Civil Veterinary Dept. North-West Frontier Province 1933-46 - 1933-1946
Year: 1933
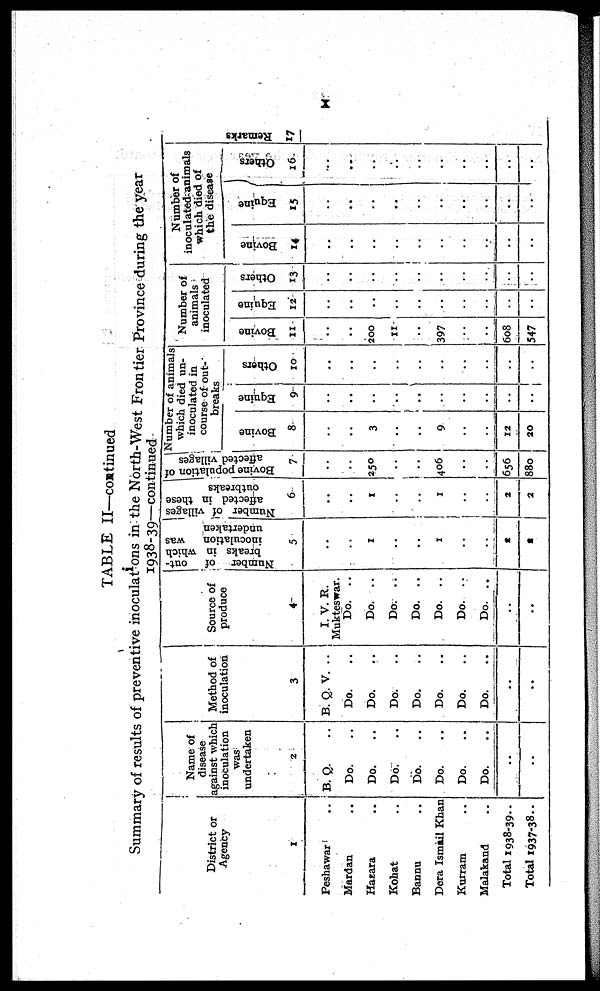
x
TABLE II—continued
Summary of results of preventive inoculations in the North-West Frontier Province during the year
1938-39—continued
District or
Agency
1
Peshawar ..
Mardan ..
Hazara ..
Kohat ..
Bannu ..
Dera Ismail Khan
Kurram ..
Malakand ..
Total 1938-39..
Total 1937-38..
Name of
disease
against which
inoculation
was
undertaken
2
B. Q. ..
Do. ..
Do. ..
Do. ..
Do. ..
Do. ..
Do. ..
Do. ..
..
..
Method of
inoculation
3
B. Q. V. ..
Do. ..
Do. ..
Do. ..
Do. ..
Do. ..
Do. ..
Do.
..
..
Source of
produce
4
I. V. R.
Mukteswar.
Do. ..
Do. ..
Do. ..
Do. ..
Do. ..
Do.
..
Do. ..
..
..
Number of
out-
breaks in which
inoculation
was
undertaken
5
..
1
..
..
1
..
..
2
2
Number of villages
affected in these
outbreaks
6
..
1
..
..
1
..
..
2
2
Bovine population of
affected
villages.
7
..
250
..
..
406
..
..
656
880
Number of animals
which died un-
inoculated in
course of out-
breaks
Bovine
8
..
3
..
..
9
..
..
12
20
Equine
9
..
..
..
..
..
..
..
..
..
Others
10
..
..
..
..
..
..
..
..
..
Number of
animals
inoculated
Bovine
11
..
200
11
..
397
..
..
608
547
Equine
12
..
..
..
..
..
..
..
..
..
Others
13
..
..
..
..
..
..
..
..
..
Number of
inoculated animals
which died of
the disease
Bovine
14
..
..
..
..
..
..
..
..
..
Equine
15
..
..
..
..
..
..
..
..
..
Others
16
..
..
..
..
..
..
..
..
..
Re ma r
ks
17